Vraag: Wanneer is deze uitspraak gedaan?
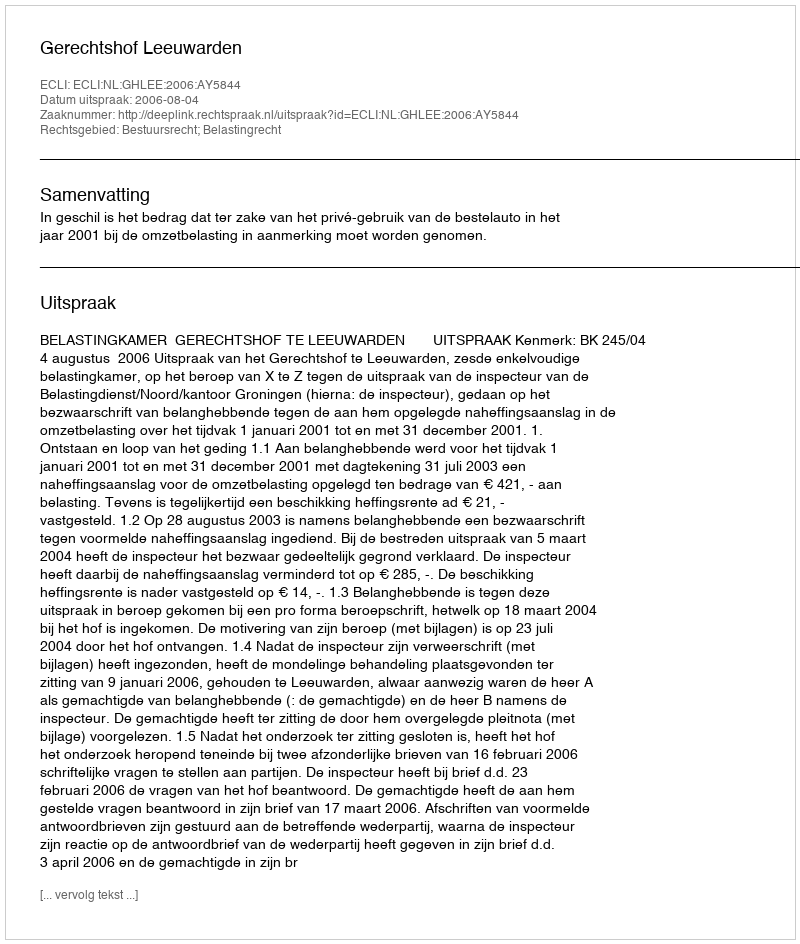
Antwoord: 2006-08-04